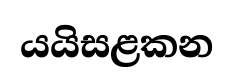
යයිසළකන